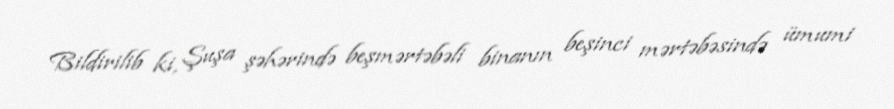
Bildirilib ki, Şuşa şəhərində beşmərtəbəli binanın beşinci mərtəbəsində ümumi